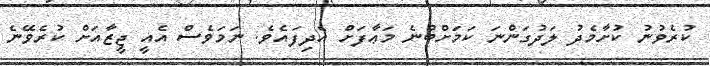
ކުރެވުނު ކުށާމެދު ލަދުގަންނަ ކަމަށްބުނެ މަޢާފަށް އެދިފައެވެ. ނަމަވެސް އެއީ ޖީޒާއަށް ކުރެވޭނެ